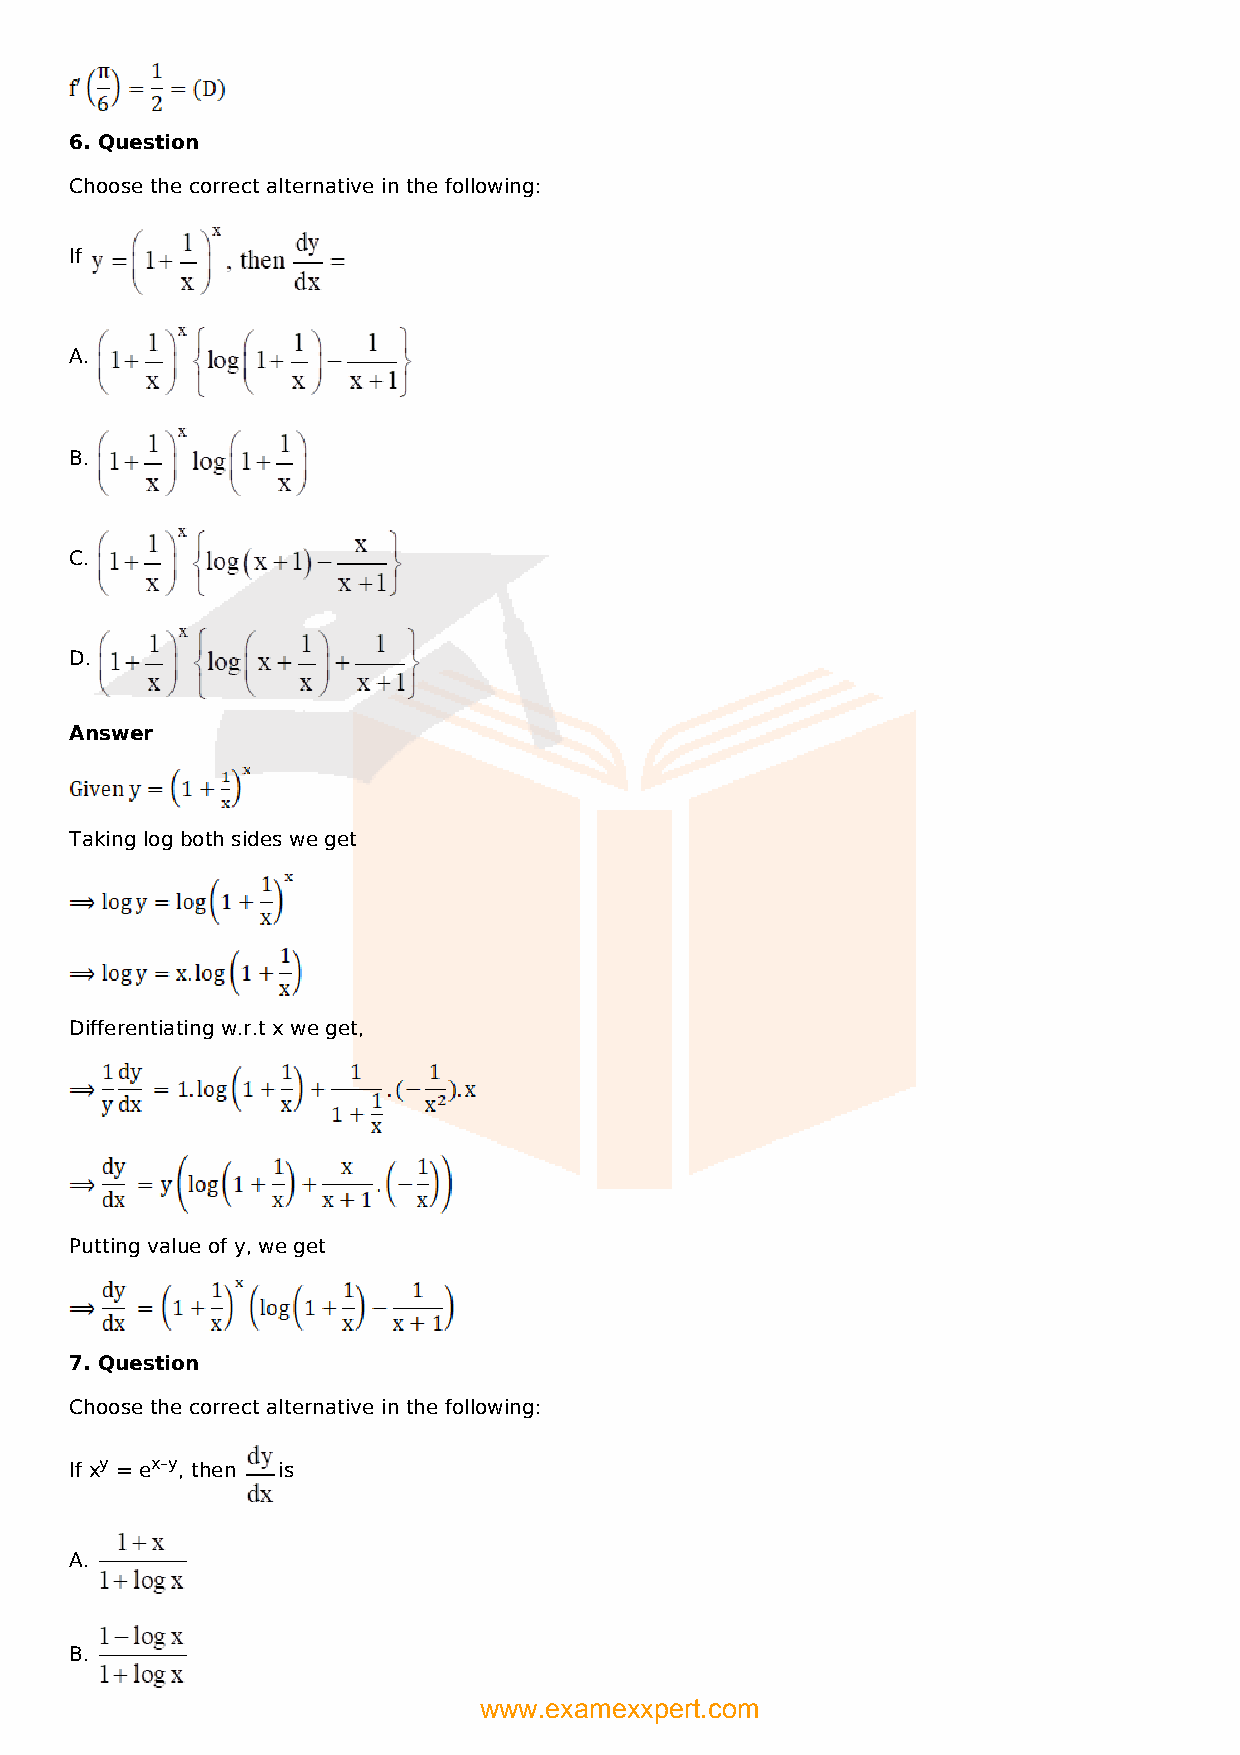
6. Question
 Choose the correct alternative in the following:
 If
 A.
 B.
 C.
 D.
 Answer
 Taking log both sides we get
 Differentiating w.r.t x we get,
 Putting value of y, we get
 7. Question
 Choose the correct alternative in the following:
 If xy = ex–y, then is
 A.
 B.
 www.examexxpert.com